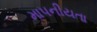
માપનીયતા